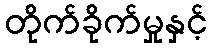
တိုက်ခိုက်မှုနှင့်